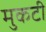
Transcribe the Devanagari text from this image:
मुकटी